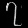
Digit: ၇